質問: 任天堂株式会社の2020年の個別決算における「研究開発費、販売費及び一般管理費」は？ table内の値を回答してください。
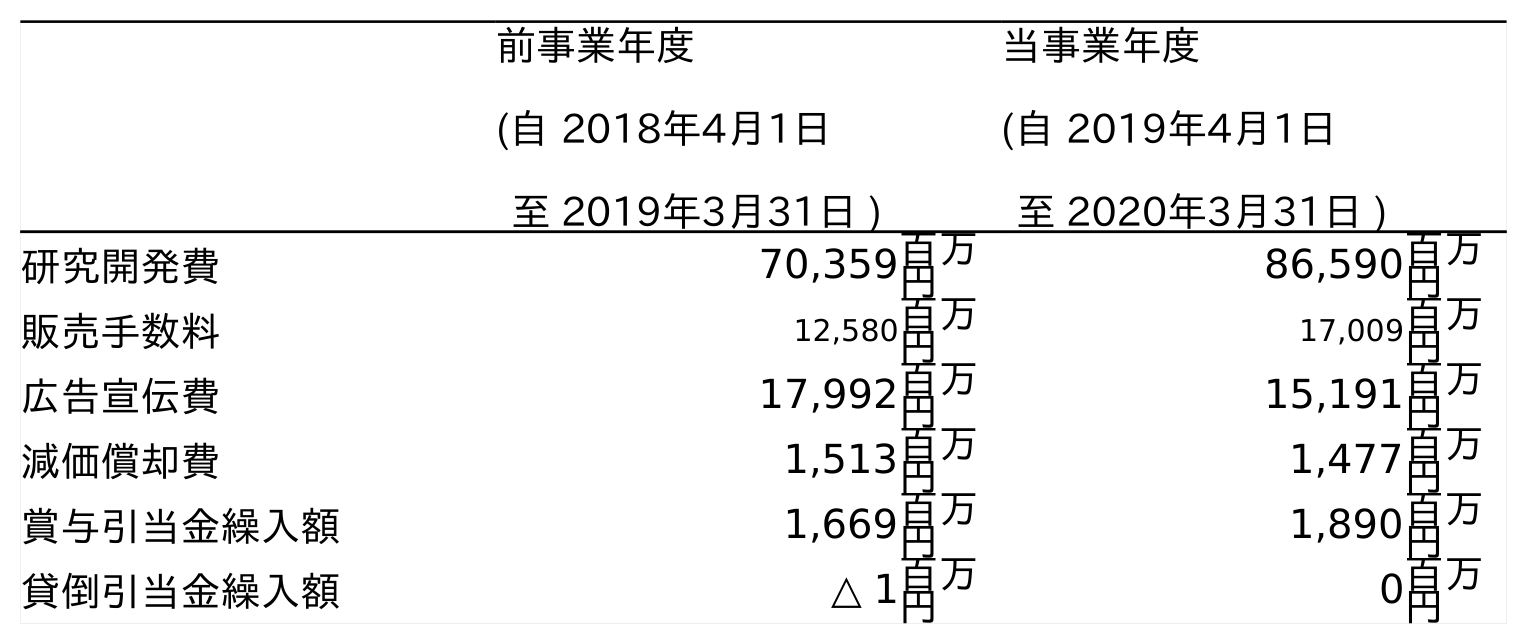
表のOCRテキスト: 前事業年度 (自 2018年4月1日 至 2019年3月31日 ) 当事業年度 (自 2019年4月1日 至 2020年3月31日 ) 研究開発費 70,359百万 円 86,590百万 円 販売手数料 12,580百万 円 17,009百万 円 広告宣伝費 17,992百万 円 15,191百万 円 減価償却費 1,513百万 円 1,477百万 円 賞与引当金繰入額 1,669百万 円 1,890百万 円 貸倒引当金繰入額 △ 1百万 円 0百万 円
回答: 86,590